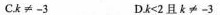
C.$$k ≠ - 3 $$ D.$$k < 2 且k ≠ - 3 $$